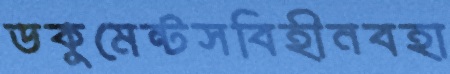
ডকুমেন্টসবিহীনবহা